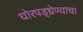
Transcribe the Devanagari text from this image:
घोरपड्ध्रेण्याचा